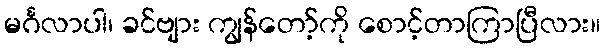
မင်္ဂလာပါ၊ ခင်ဗျား ကျွန်တော့်ကို စောင့်တာကြာပြီလား။